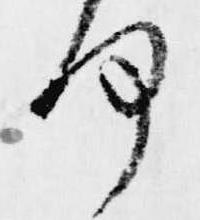
何